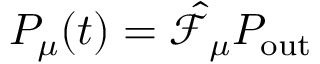
P _ { \mu } ( t ) = \hat { \mathcal { F } } _ { \mu } P _ { \mathrm { o u t } }